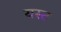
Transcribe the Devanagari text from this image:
यस्ट